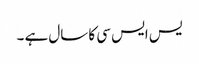
یس ایس سی کا سال ہے ۔